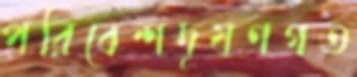
পরিবেশদূষণগত